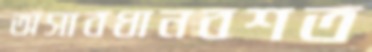
অসাবধানবশত